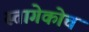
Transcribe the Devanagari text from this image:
स्तागेकोच